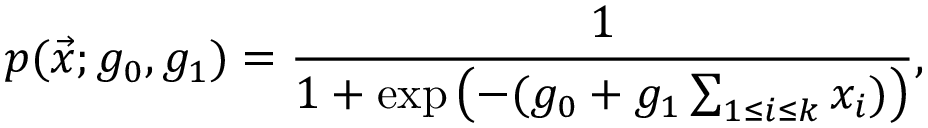
p ( \vec { x } ; g _ { 0 } , g _ { 1 } ) = \frac { 1 } { 1 + \exp \left( - ( g _ { 0 } + g _ { 1 } \sum _ { 1 \leq i \leq k } x _ { i } ) \right) } ,